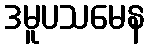
ဒမူပသမေန